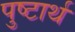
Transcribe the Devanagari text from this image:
पुष्टार्थ